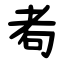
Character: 耇